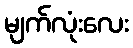
မျက်လုံးလေး